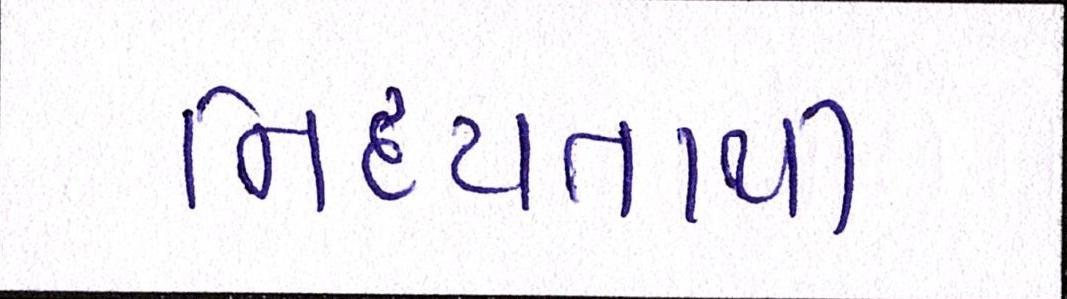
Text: નિર્દયતાથી